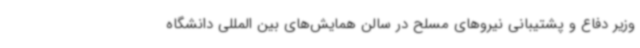
وزیر دفاع و پشتیبانی نیروهای مسلح در سالن همایش‌های بین المللی دانشگاه